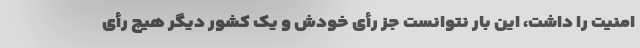
امنیت را داشت، این بار نتوانست جز رأی خودش و یک کشور دیگر هیچ رأی